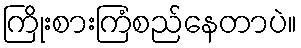
ကြိုးစားကြံစည်နေတာပဲ။